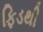
ફિડથી